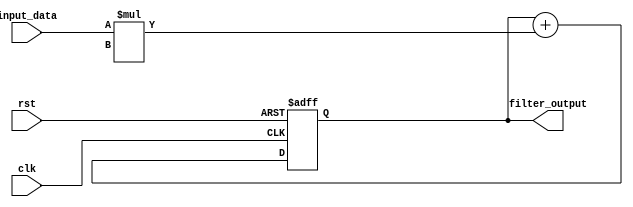
module iir_filter_accumulator (
  input clk,
  input rst,
  input [7:0] input_data,
  output [15:0] filter_output
);

reg [15:0] accumulator;

always @(posedge clk or posedge rst) begin
  if (rst) begin
    accumulator <= 16'b0;
  end else begin
    accumulator <= accumulator + (input_data * filter_coefficient);
  end
end

assign filter_output = accumulator;

endmodule